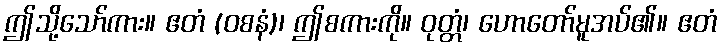
ဤသို့သော်ကား။ ဧတံ (ဝစနံ)၊ ဤစကားကို။ ဝုတ္တံ၊ ဟောတော်မူအပ်၏။ ဧတံ